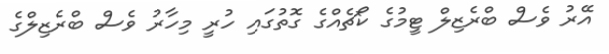
އޭރު ވެސް ބްރެޒިލް ޓީމުގެ ކޯޗެއްގެ ގޮތުގައި ހުރީ މިހާރު ވެސް ބްރެޒިލްގެ